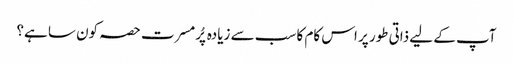
آپ کے لیے ذاتی طور پر اس کام کا سب سے زیادہ پُرمسرت حصہ کون سا ہے؟